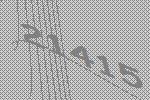
21415